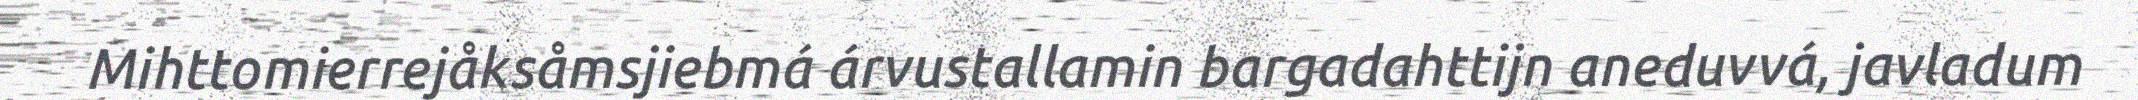
Mihttomierrejåksåmsjiebmá árvustallamin bargadahttijn aneduvvá, javladum